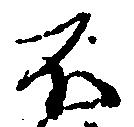
不